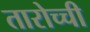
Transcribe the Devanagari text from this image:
तारोच्ची